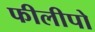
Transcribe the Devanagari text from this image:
फीलीपो